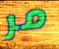
مر